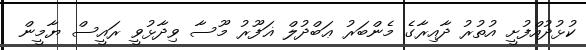
ކުޅުދުއްފުށީ އުތުރު ދާއިރާގެ މެންބަރު ޢަބްދުލް ޣަފޫރު މޫސާ ވިދާޅުވީ ރައީސް ޔާމީން